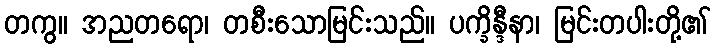
တကွ။ အညတရော၊ တစီးသောမြင်းသည်။ ပက္ခိန္ဒီနာ၊ မြင်းတပါးတို့၏